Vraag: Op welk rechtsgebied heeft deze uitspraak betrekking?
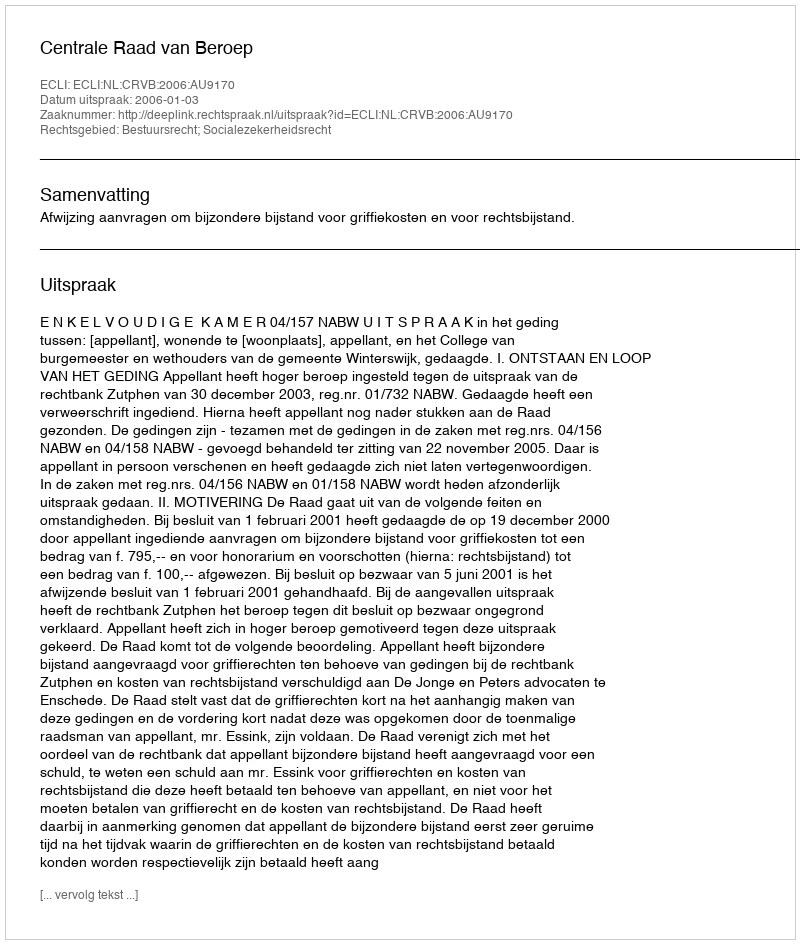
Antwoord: Bestuursrecht; Socialezekerheidsrecht